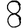
Digit: 8